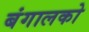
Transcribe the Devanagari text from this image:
बंगालको